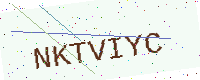
Text: NKTVIYC